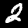
Label: 2